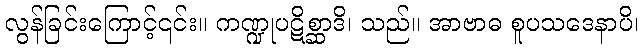
လွန်ခြင်းကြောင့်၎င်း။ ကဏ္ဍုပဋိစ္ဆာဒိ၊ သည်။ အာဗာဓ စူပသဒေနာပိ၊